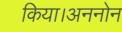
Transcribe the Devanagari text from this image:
किया।अननोन